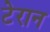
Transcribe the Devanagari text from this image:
टेरान